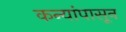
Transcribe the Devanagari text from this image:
कन्यांपासून